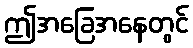
ဤအခြေအနေတွင်